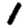
Digit: 1